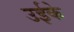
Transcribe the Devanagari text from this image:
उईके